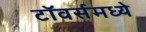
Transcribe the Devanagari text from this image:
टॉवर्समध्ये